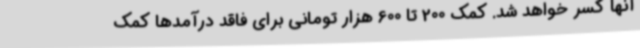
آنها کسر خواهد شد. کمک 200 تا 600 هزار تومانی برای فاقد درآمدها کمک